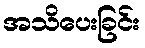
အသိပေးခြင်း